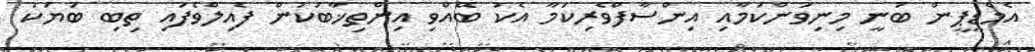
އެމްޑީޕީން ބުނީ މިނިވަންކަމާއި އިންސާފްވެރިކަމާ އެކު ބޭއްވި އިންތިޚާބަކުން ފެއިލްވެފައި ތިބި ބަޔަކު